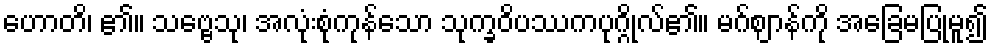
ဟောတိ၊ ၏။ သဗ္ဗေသု၊ အလုံးစုံကုန်သော သုက္ခဝိပဿကပုဂ္ဂိုလ်၏။ မဂ်ဈာန်ကို အခြေမပြုမူ၍